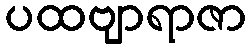
ပထဗျာရာဇာ